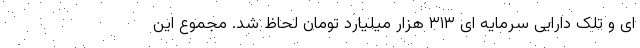
ای و تلک دارایی سرمایه ای ۳۱۳ هزار میلیارد تومان لحاظ شد. مجموع این